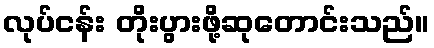
လုပ်ငန်း တိုးပွားဖို့ဆုတောင်းသည်။